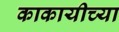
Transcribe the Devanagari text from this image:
काकायीच्या